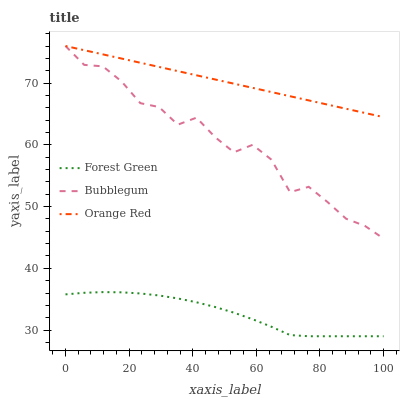
| xaxis_label | Forest Green | Bubblegum | Orange Red |
 | --- | --- | --- | --- |
 | 0 | 35.8 | 76 | 76 |
 | 5.88 | 36 | 72.9 | 75.3 |
 | 11.8 | 36.1 | 72.7 | 74.6 |
 | 17.6 | 36.1 | 70.3 | 74 |
 | 23.5 | 35.9 | 66.7 | 73.3 |
 | 29.4 | 35.6 | 66.1 | 72.6 |
 | 35.3 | 35.1 | 63.3 | 71.9 |
 | 41.2 | 34.5 | 64.4 | 71.3 |
 | 47.1 | 33.7 | 61.2 | 70.6 |
 | 52.9 | 32.8 | 58.8 | 69.9 |
 | 58.8 | 31.8 | 60 | 69.2 |
 | 64.7 | 30.5 | 57.6 | 68.5 |
 | 70.6 | 29.2 | 52.3 | 67.9 |
 | 76.5 | 29 | 53.2 | 67.2 |
 | 82.4 | 29 | 50.7 | 66.5 |
 | 88.2 | 29 | 48 | 65.8 |
 | 94.1 | 29 | 46.9 | 65.2 |
 | 100 | 29 | 44.8 | 64.5 |